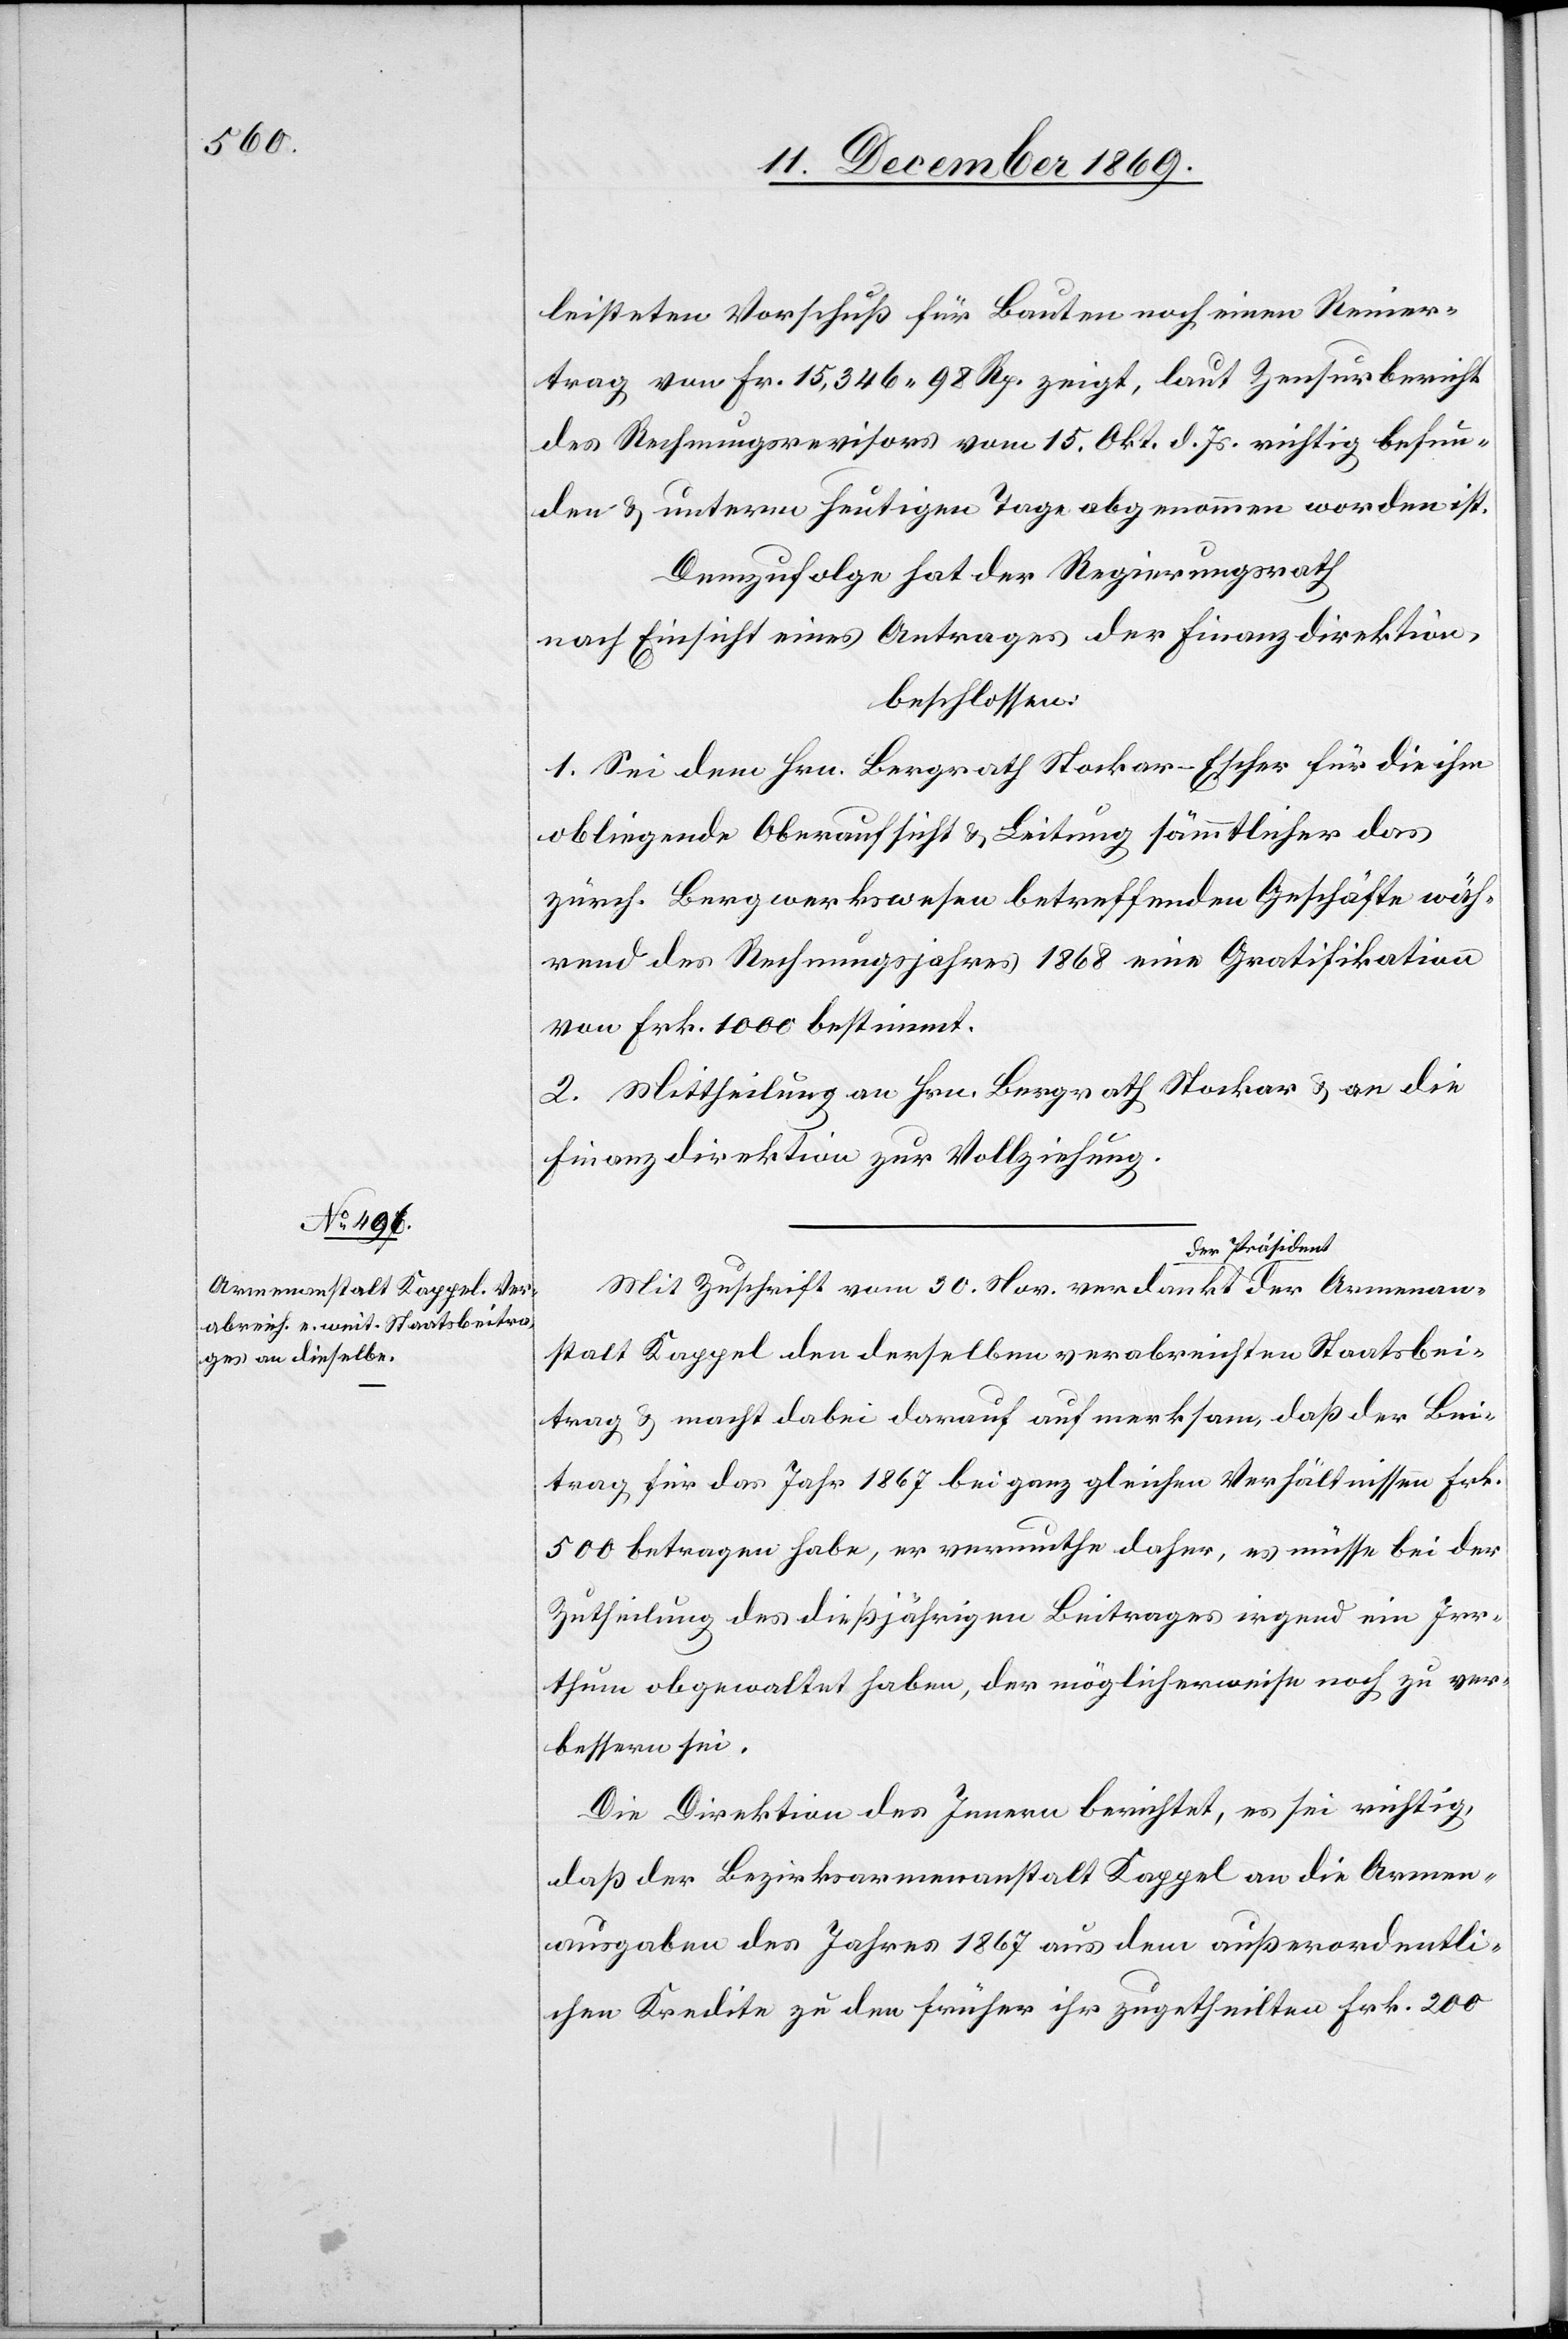
Armenan¬

leisteten Vorschuß für Bauten noch einen Reiner¬
trag von Fr. 15,346 98 Rp. zeigt, laut Zensurbericht
des Rechnungsrevisors vom 15. Okt. d. Js. richtig befun¬
den & unterm heutigen Tage abgenommen worden ist.
Demzufolge hat der Regierungsrath
nach Einsicht eines Antrages der Finanzdirektion,
beschlossen:
1. Sei dem Hrn. Bergrath Stockar-Escher für die ihm
obliegende Oberaufsicht & Leitung sämmtlicher das
zürch. Bergwerkswesen betreffenden Geschäfte wäh¬
rend des Rechnungsjahres 1868 eine Gratifikation
von Frk. 1000 bestimmt.
2. Mittheilung an Hrn. Bergrath Stockar & an die
Finanzdirektion zur Vollziehung.
Mit Zuschrift vom 30. Nov. verdankt der Präsident
stalt Kappel den derselben verabreichten Staatsbei¬
trag & macht dabei darauf aufmerksam, daß der Bei¬
trag für das Jahr 1867 bei ganz gleichen Verhältnissen Frk.
500 betragen habe, er vermuthe daher, es müsse bei der
Zutheilung des dießjährigen Beitrages irgend ein Irr¬
thum obgewaltet haben, der möglicherweise noch zu ver¬
bessern sei.
Die Direktion des Innern berichtet, es sei richtig,
daß der Bezirksarmenanstalt Kappel an die Armen¬
ausgaben des Jahres 1867 aus dem außerordentli¬
chen Kredite zu den früher ihr zugetheilten Frk. 200